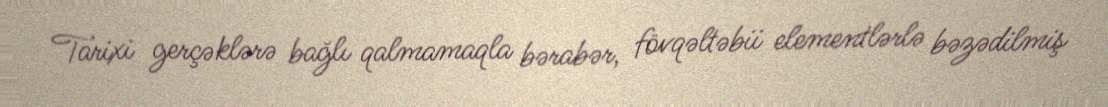
Tarixi gerçəklərə bağlı qalmamaqla bərabər, fövqəltəbii elementlərlə bəzədilmiş